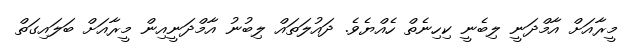
މީރާއަށް އާމްދަނީ ލިބެނީ ކިހިނެތް ހެއްޔެވެ. ދައުލަތައް ލިބުނު އާމްދަނީއިން މީރާއަށް ބަލައިގަތް